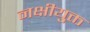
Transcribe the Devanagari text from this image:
नक्षीयुक्त